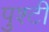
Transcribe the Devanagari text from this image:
पुश्टी